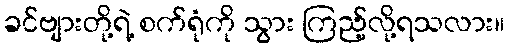
ခင်ဗျားတို့ရဲ့ စက်ရုံကို သွား ကြည့်လို့ရသလား။